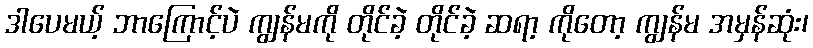
ဒါပေမယ့် ဘာကြောင့်ပဲ ကျွန်မကို တိုင်ခဲ့ တိုင်ခဲ့ ဆရာ့ ကိုတော့ ကျွန်မ အမှန်ဆုံး၊